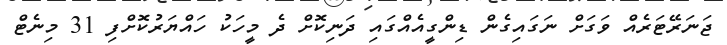
ޖަނަރޭޓަރެއް ވަގަށް ނަގައިގެން ޑިންގީއެއްގައި ދަނިކޮށް ދެ މީހަކު ހައްޔަރުކޮށްފި 31 މިނެޓް